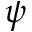
\psi